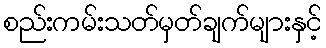
စည်းကမ်းသတ်မှတ်ချက်များနှင့်